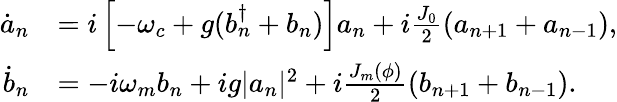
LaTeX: \begin{array}{rl}{\dot{a}_{n}}&{=i\left[-\omega_{c}+g(b_{n}^{\dagger}+b_{n})\right]a_{n}+i\frac{J_{0}}{2}(a_{n+1}+a_{n-1}),}\\ {\dot{b}_{n}}&{=-i\omega_{m}b_{n}+ig|a_{n}|^{2}+i\frac{J_{m}(\phi)}{2}(b_{n+1}+b_{n-1}).}\end{array}